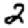
Digit: 2